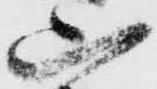
山